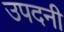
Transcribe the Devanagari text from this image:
उपदनी